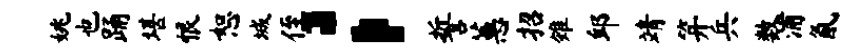
姚也踊堪恨恕城侄；誓蕙招雉邱靖笄兵数浦氤